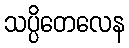
သပ္ပိတေလေန